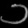
Digit: ၁